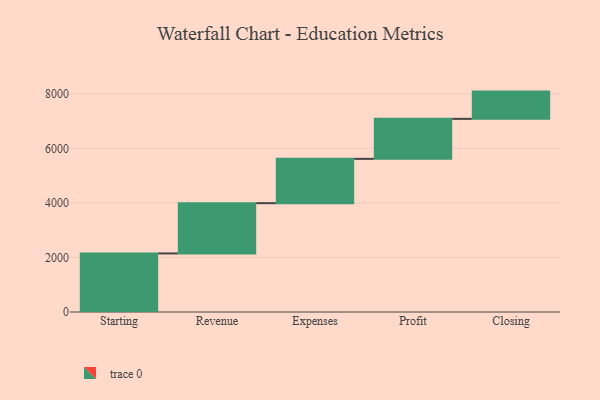
{"axis": {"x": "Step", "y": "Value"}, "legend": [""], "data": [{"x": "Starting", "y": 2148.0, "type": ""}, {"x": "Revenue", "y": 1844.0, "type": ""}, {"x": "Expenses", "y": 1626.0, "type": ""}, {"x": "Profit", "y": 1467.0, "type": ""}, {"x": "Closing", "y": 1000, "type": ""}]}